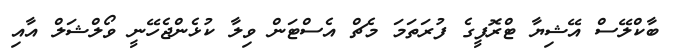
ބާކްލޭސް އޭޝިޔާ ޓްރޮފީގެ ފުރަތަމަ މެޗް އެސްޓަން ވިލާ ކުޅެންޖެހޭނީ ވޯލްޝަލް އާއި